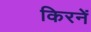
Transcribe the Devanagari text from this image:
किरनें